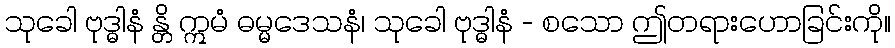
သုခေါ ဗုဒ္ဓါနံ န္တိ ဣမံ ဓမ္မဒေသနံ၊ သုခေါ ဗုဒ္ဓါနံ - စသော ဤတရားဟောခြင်းကို။